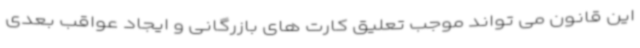
این قانون می تواند موجب تعلیق کارت های بازرگانی و ایجاد عواقب بعدی